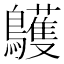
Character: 鸌